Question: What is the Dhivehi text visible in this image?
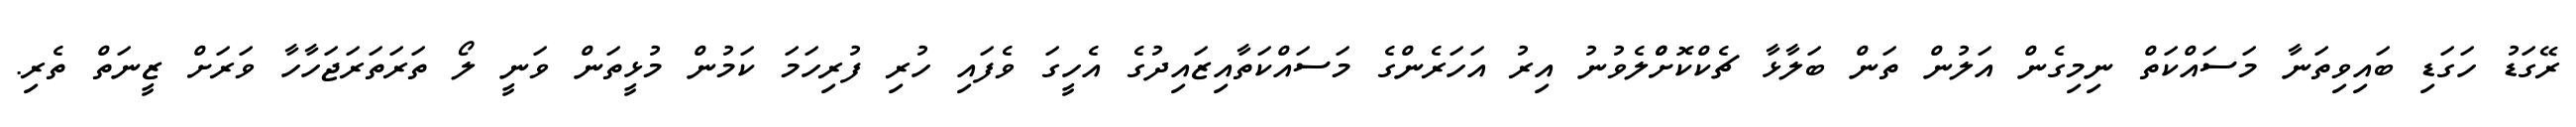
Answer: ރޭގަޑު ހަގަޑި ބައިވިތަނާ މަސައްކަތް ނިމިގެން އަލުން ތަން ބަލާޅާ ޗެކްކޮށްްލެވުނު އިރު އަހަރެންގެ މަސައްކަތާއިޒައިދުގެ އެހީގަ ވެފައި ހުރި ފުރިހަމަ ކަމުން މުޅީތަން ވަނީ ލޯ ތަރަތަރަޖަހާހާ ވަރަށް ޒީނަތް ތެރި.